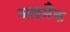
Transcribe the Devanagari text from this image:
आइमैक